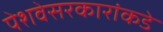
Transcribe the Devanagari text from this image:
पेशवेसरकारांकडे